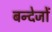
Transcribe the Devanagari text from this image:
बन्देजों